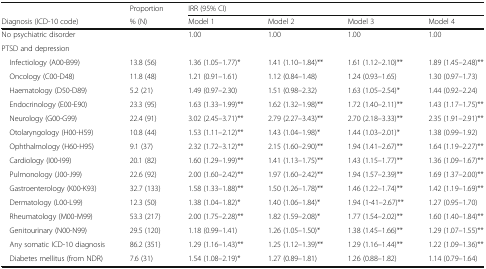
<table><thead><tr><td></td><td><b>Proportion</b></td><td colspan="4"><b>IRR (95% CI)</b></td></tr><tr><td><b>Diagnosis (ICD-10 code)</b></td><td><b>% (N)</b></td><td><b>Model 1</b></td><td><b>Model 2</b></td><td><b>Model 3</b></td><td><b>Model 4</b></td></tr></thead><tbody><tr><td>No psychiatric disorder</td><td></td><td>1.00</td><td>1.00</td><td>1.00</td><td>1.00</td></tr><tr><td colspan="6">PTSD and depression</td></tr><tr><td> Infectiology (A00-B99)</td><td>13.8 (56)</td><td>1.36 (1.05–1.77)*</td><td>1.41 (1.10–1.84)**</td><td>1.61 (1.12–2.10)**</td><td>1.89 (1.45–2.48)**</td></tr><tr><td> Oncology (C00-D48)</td><td>11.8 (48)</td><td>1.21 (0.91–1.61)</td><td>1.12 (0.84–1.48)</td><td>1.24 (0.93–1.65)</td><td>1.30 (0.97–1.73)</td></tr><tr><td> Haematology (D50-D89)</td><td>5.2 (21)</td><td>1.49 (0.97–2.30)</td><td>1.51 (0.98–2.32)</td><td>1.63 (1.05–2.54)*</td><td>1.44 (0.92–2.24)</td></tr><tr><td> Endocrinology (E00-E90)</td><td>23.3 (95)</td><td>1.63 (1.33–1.99)**</td><td>1.62 (1.32–1.98)**</td><td>1.72 (1.40–2.11)**</td><td>1.43 (1.17–1.75)**</td></tr><tr><td> Neurology (G00-G99)</td><td>22.4 (91)</td><td>3.02 (2.45–3.71)**</td><td>2.79 (2.27–3.43)**</td><td>2.70 (2.18–3.33)**</td><td>2.35 (1.91–2.91)**</td></tr><tr><td> Otolaryngology (H00-H59)</td><td>10.8 (44)</td><td>1.53 (1.11–2.12)**</td><td>1.43 (1.04–1.98)*</td><td>1.44 (1.03–2.01)*</td><td>1.38 (0.99–1.92)</td></tr><tr><td> Ophthalmology (H60-H95)</td><td>9.1 (37)</td><td>2.32 (1.72–3.12)**</td><td>2.15 (1.60–2.90)**</td><td>1.94 (1.41–2.67)**</td><td>1.64 (1.19–2.27)**</td></tr><tr><td> Cardiology (I00-I99)</td><td>20.1 (82)</td><td>1.60 (1.29–1.99)**</td><td>1.41 (1.13–1.75)**</td><td>1.43 (1.15–1.77)**</td><td>1.36 (1.09–1.67)**</td></tr><tr><td> Pulmonology (J00-J99)</td><td>22.6 (92)</td><td>2.00 (1.60–2.42)**</td><td>1.97 (1.60–2.42)**</td><td>1.94 (1.57–2.39)**</td><td>1.69 (1.37–2.00)**</td></tr><tr><td> Gastroenterology (K00-K93)</td><td>32.7 (133)</td><td>1.58 (1.33–1.88)**</td><td>1.50 (1.26–1.78)**</td><td>1.46 (1.22–1.74)**</td><td>1.42 (1.19–1.69)**</td></tr><tr><td> Dermatology (L00-L99)</td><td>12.3 (50)</td><td>1.38 (1.04–1.82)*</td><td>1.40 (1.06–1.84)*</td><td>1.94 (1-41–2.67)**</td><td>1.27 (0.95–1.70)</td></tr><tr><td> Rheumatology (M00-M99)</td><td>53.3 (217)</td><td>2.00 (1.75–2.28)**</td><td>1.82 (1.59–2.08)*</td><td>1.77 (1.54–2.02)**</td><td>1.60 (1.40–1.84)**</td></tr><tr><td> Genitourinary (N00-N99)</td><td>29.5 (120)</td><td>1.18 (0.99–1.41)</td><td>1.26 (1.05–1.50)*</td><td>1.38 (1.45–1.66)**</td><td>1.29 (1.07–1.55)**</td></tr><tr><td> Any somatic ICD-10 diagnosis</td><td>86.2 (351)</td><td>1.29 (1.16–1.43)**</td><td>1.25 (1.12–1.39)**</td><td>1.29 (1.16–1.44)**</td><td>1.22 (1.09–1.36)**</td></tr><tr><td> Diabetes mellitus (from NDR)</td><td>7.6 (31)</td><td>1.54 (1.08–2.19)*</td><td>1.27 (0.89–1.81)</td><td>1.26 (0.88–1.82)</td><td>1.14 (0.79–1.64)</td></tr></tbody></table>